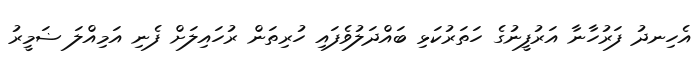
އެހިނދު ފަރުހާނާ އަރުފީނުގެ ހަތަރުކަޅި ބައްދަލުވެފައި ހުރިތަން ރުހައިލަށް ފެނި އަމިއްލަ ޟަމީރު